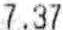
7.37